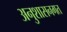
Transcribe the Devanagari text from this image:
अनुशासनगत